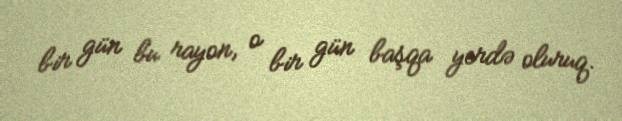
bir gün bu rayon, o bir gün başqa yerdə oluruq.